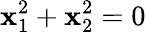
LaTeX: \mathbf{x}_{1}^{2}+\mathbf{x}_{2}^{2}=0